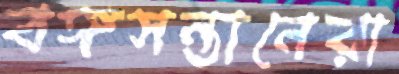
বঙ্গসন্তানেরা